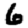
Digit: 6